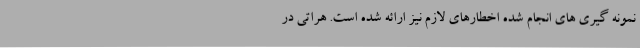
نمونه گیری های انجام شده اخطارهای لازم نیز ارائه شده است. هراتی در